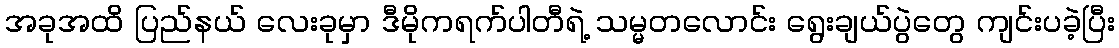
အခုအထိ ပြည်နယ် လေးခုမှာ ဒီမိုကရက်ပါတီရဲ့ သမ္မတလောင်း ရွေးချယ်ပွဲတွေ ကျင်းပခဲ့ပြီး